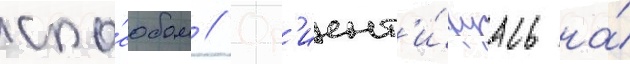
спо́собом // Ор'иент'и́руась на́